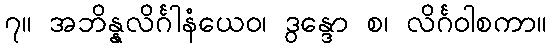
၇။ အဘိန္နလိင်္ဂါနံယေဝ၊ ဒွန္ဒော စ၊ လိင်္ဂဝါစကာ။